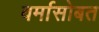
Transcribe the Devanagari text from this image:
वर्मासोबत